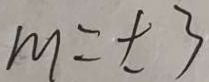
m = \pm 3